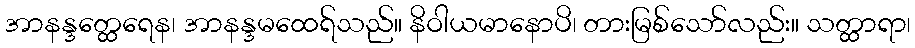
အာနန္ဒတ္ထေရေန၊ အာနန္ဒမထေရ်သည်။ နိဝါယမာနောပိ၊ တားမြစ်သော်လည်း။ သတ္ထာရာ၊